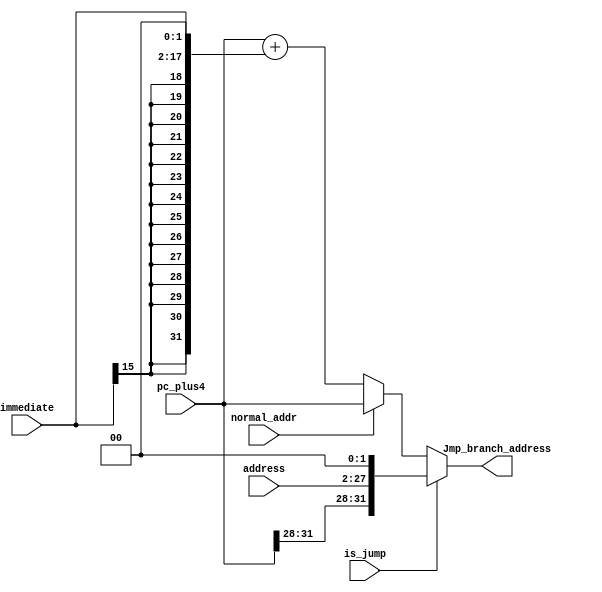
/****************************************************************************************************/
// Title      : Address Logic and Calculation for Program Counter Verilog File
/****************************************************************************************************/ 
// Date of last revision : March-2012
// Notes                 : Las instrucciones del tipo Jump son ejecutadas por la unidad de despacho a lo
//		  igual que el clculo de las direcciones de salto tanto para Jumps como para
//		  Branches. En caso de un Jump, la direccin es calculada combinatoriamente
//		  (lgica combinacional) y presentada al IFQ ese mismo ciclo.
// Check IFQ PC OUT if +4 is added there or here
// PC  OUT + 4 is added at IFQ
//
/****************************************************************************************************/  

// Address Logic without register for branch address
module AddressLogic(
			input 		        is_jump,
			input           normal_addr,
			input	 [31:0]	  pc_plus4,  
			input	 [15:0]	  immediate,
			input  [25:0]   address,
			output	[31:0]   Jmp_branch_address
			);

// normal_addr = 1 : Normal PC+4 Address, 0 : Jump Address			
// is_jump = 1 : Normal PC+4 Address or Jump Address, 0 : Branch Address

                                          //should be pc_plus4 or pc?
assign Jmp_branch_address = (is_jump) ? ( { pc_plus4[31:28], address, 2'b00 } ) : (normal_addr) ? (pc_plus4) : ( pc_plus4 + ( { {14{immediate[15]}}, immediate, 2'b00 } ) ) ;
endmodule

// Address Logic with register for branch address
module AddressLogic_r(
      input           clk,
      input           rst,
			input 		        is_jump,
			input           normal_addr,
			input	 [31:0]	  pc_plus4,  
			input	 [15:0]	  immediate,
			input  [25:0]   address,
			output	[31:0]   Jmp_branch_address
			);

// normal_addr = 1 : Normal PC+4 Address, 0 : Jump Address			
// is_jump = 1 : Normal PC+4 Address or Jump Address, 0 : Branch Address

   reg [31:0] branch_addr_reg;
	  
   always@(posedge clk, posedge rst) begin
   
      branch_addr_reg <= (rst) ? 32'h00000000 : ( pc_plus4 + ( { {14{immediate[15]}}, immediate, 2'b00 } ) ); 
      
   end	
                                          //should be pc_plus4 or pc?
   assign Jmp_branch_address = (is_jump) ? (normal_addr) ? (pc_plus4) : ( { pc_plus4[31:28], address, 2'b00 } )  : ( branch_addr_reg );

endmodule